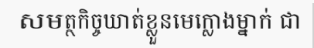
សមត្ថកិច្ចឃាត់ខ្លួនមេក្លោងម្នាក់ ជា